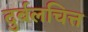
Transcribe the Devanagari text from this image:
दुर्बलचित्त